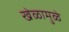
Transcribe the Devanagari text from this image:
खेळामुळे